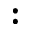
: